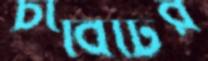
চাবিটির